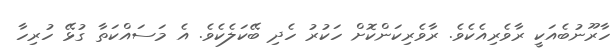
ހާރޫނުބެއަކީ ރާވެރިއެކެވެ. ރާވެރިކަންކޮށް ހަކުރު ހެދި ބޭކަލެކެވެ. އެ މަސައްކަތާ ގުޅޭ ހުރިހާ